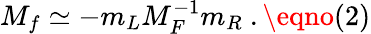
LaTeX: M_{f}\simeq-m_{L}M_{F}^{-1}m_{R}\ .\eqno(2)